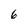
Character: 6